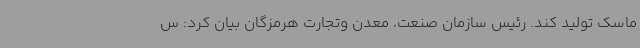
ماسک تولید کند. رئیس سازمان صنعت، معدن وتجارت هرمزگان بیان کرد: س